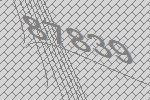
87839